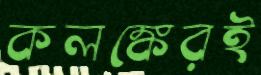
কলঙ্কেরই